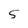
Character: S